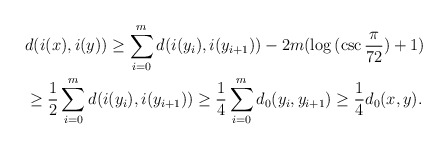
\begin{align*}& d(i(x),i(y))\geq \sum_{i=0}^m d(i(y_i),i(y_{i+1}))-2m(\log{(\csc{\frac{\pi}{72}})}+1)\\& \geq \frac{1}{2}\sum_{i=0}^m d(i(y_i),i(y_{i+1}))\geq \frac{1}{4} \sum_{i=0}^m d_0(y_i,y_{i+1})\geq \frac{1}{4}d_0(x,y).\end{align*}